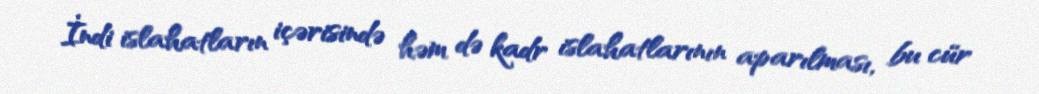
İndi islahatların içərisində həm də kadr islahatlarının aparılması, bu cür